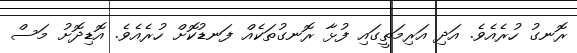
ރޮނގު ހުރެއެވެ. އަދި އަރިމަތީގައި ފުޅާ ރޮނގުތަކެއް ފަނޑުކޮށް ހުރެއެވެ. އޮޑިދޮށު މަސް